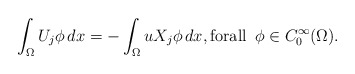
\begin{align*}\int_{\Omega }U_{j}\phi \,dx=-\int_{\Omega }uX_{j}\phi \,dx,\text{forall }\,\phi \in C_{0}^{\infty }(\Omega ). \end{align*}